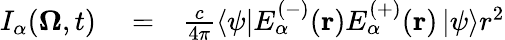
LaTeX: \begin{array}{rlr}{I_{\alpha}(\mathbf{\Omega},t)}&{{}=}&{\frac{c}{4\pi}\left\langle\psi\right\vert E_{\alpha}^{(-)}(\mathbf{r})E_{\alpha}^{(+)}(\mathbf{r})\left\vert\psi\right\rangle r^{2}}\end{array}